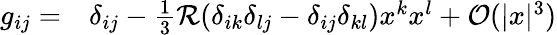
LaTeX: \begin{array}{rl}{g_{ij}=}&{{}\delta_{ij}-\frac{1}{3}\mathcal{R}(\delta_{ik}\delta_{lj}-\delta_{ij}\delta_{kl})x^{k}x^{l}+\mathcal{O}(|x|^{3})}\end{array}